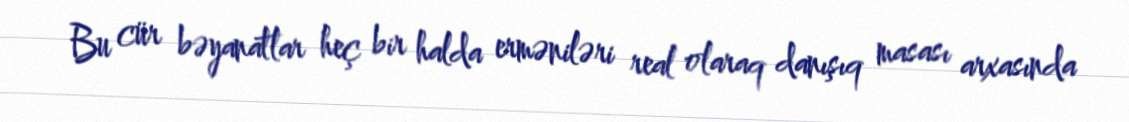
Bu cür bəyanatlar heç bir halda erməniləri real olaraq danışıq masası arxasında